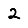
Digit: 2